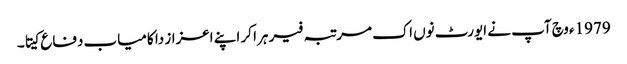
1979ء وچ آپ نے ایورٹ نو‏‏ں اک مرتبہ فیر ہرا کر اپنے اعزاز دا کامیاب دفاع کیتا۔